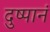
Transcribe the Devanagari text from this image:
दुष्पानं